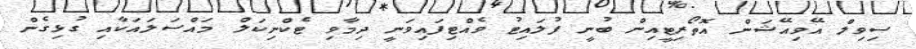
ސިވިލް އޭވިއޭޝަން އޮތޯރިޓީއިން ބުނީ ފުލައިޓު ވެއްޓިފައިވަނީ ދިމާވި ޓެކްނިކަލް މައްސަލައަކާއި ގުޅިގެން